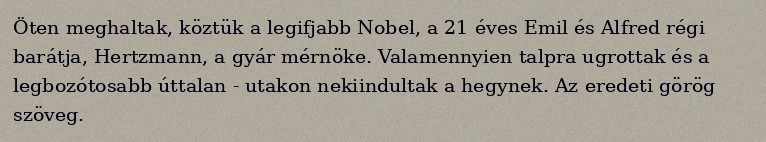
Öten meghaltak, köztük a legifjabb Nobel, a 21 éves Emil és Alfred régi barátja, Hertzmann, a gyár mérnöke. Valamennyien talpra ugrottak és a legbozótosabb úttalan - utakon nekiindultak a hegynek. Az eredeti görög szöveg.